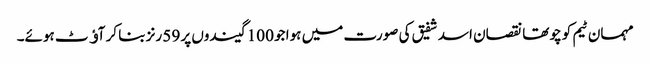
مہمان ٹیم کو چوتھا نقصان اسد شفیق کی صورت میں ہوا جو 100 گیندوں پر 59 رنز بنا کر آﺅٹ ہوئے۔